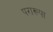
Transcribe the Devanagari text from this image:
परारूपा